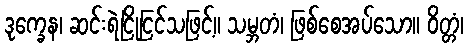
ဒုက္ခေန၊ ဆင်းရဲငြိုငြင်သဖြင့်။ သမ္ဘတံ၊ ဖြစ်စေအပ်သော။ ဝိတ္တံ၊